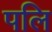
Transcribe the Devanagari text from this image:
पलि